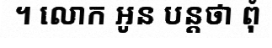
។ លោក អូន បន្តថា ពុំ